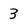
Character: 3